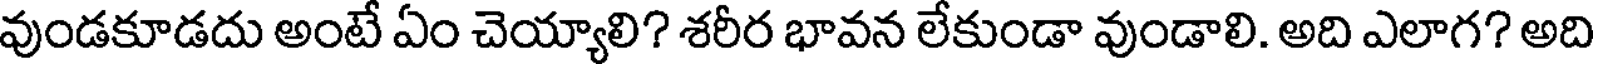
వుండకూడదు అంటే ఏం చెయ్యాలి? శరీర భావన లేకుండా వుండాలి. అది ఎలాగ? అది